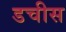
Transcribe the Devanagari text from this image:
डचीस